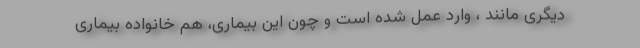
دیگری مانند ، وارد عمل شده است و چون این بیماری، هم خانواده بیماری